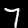
Digit: 7